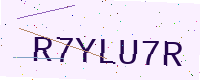
Text: R7YLU7R